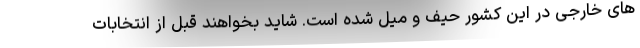
های خارجی در این کشور حیف و میل شده است. شاید بخواهند قبل از انتخابات